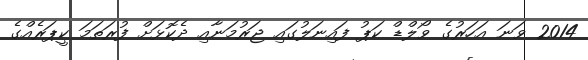
2014 ވަނަ އަހަރުގެ ވޯލްޑް ކަޕު ފައިނަލުގައި ޖަރުމަނާއި ދެކޮޅަށް ފުރަތަމަ ކީޕަރެއްގެ